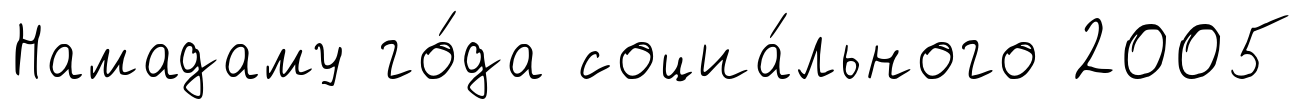
Намадаму го́да социа́льного 2005